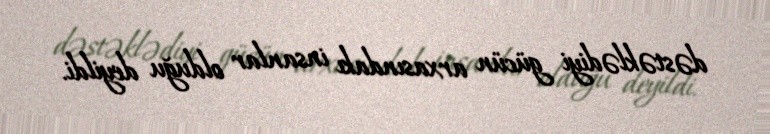
dəstəklədiyi gücün arxasındakı insanlar olduğu deyildi.